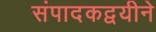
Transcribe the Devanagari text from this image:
संपादकद्वयीने